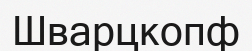
Шварцкопф